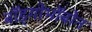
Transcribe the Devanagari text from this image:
बाॅड़्गोभाॅबोन